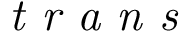
\textit { t r a n s }